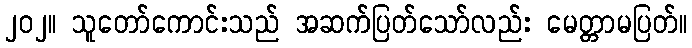
၂၀၂။ သူတော်ကောင်းသည် အဆက်ပြတ်သော်လည်း မေတ္တာမပြတ်။